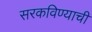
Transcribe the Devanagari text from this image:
सरकविण्याची